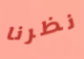
نظرنا